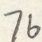
7 6